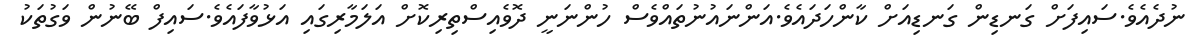
ނުދެއެވެ.ސައިފަަށް ގަނޑިން ގަނޑިއަށް ކާންހަދައެވެ.އަންނައުނުތައްވެސް ހުންނަނީ ދޮވެއިސްތިރިކޮށް އަލަމާރިގައި އަޅުވާފައެވެ.ސައިފް ބޭނުން ވަގުތަކު